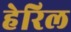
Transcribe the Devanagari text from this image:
हेरिल